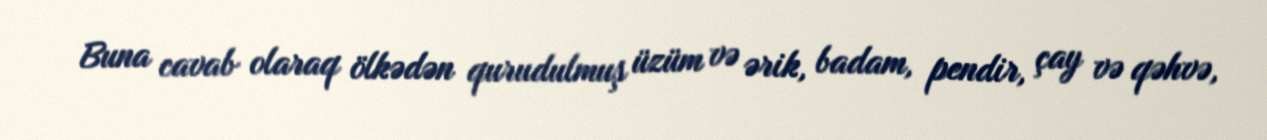
Buna cavab olaraq ölkədən qurudulmuş üzüm və ərik, badam, pendir, çay və qəhvə,